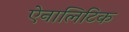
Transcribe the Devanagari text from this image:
ऐनालिटिक